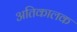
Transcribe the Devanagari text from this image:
अतिकालक